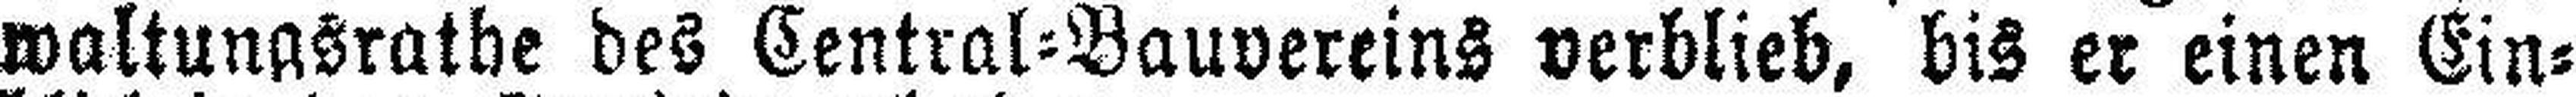
waltungsrathe des Central=Bauvereins verblieb, bis er einen Ein¬